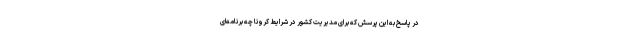
در پاسخ به این پرسش که برای مدیریت کشور در شرایط کرونا چه برنامه‌ای